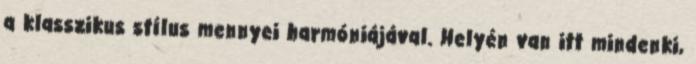
a klasszikus stílus mennyei harmóniájával. Helyén van itt mindenki,